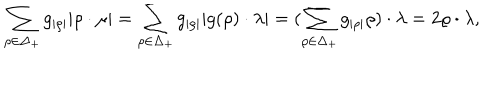
\sum _ { \rho \in \Delta _ { + } } { g _ { | \rho | } } | \rho \cdot \mu | = \sum _ { \rho \in \Delta _ { + } } { g _ { | \rho | } } | g ( \rho ) \cdot \lambda | = ( \sum _ { \rho \in \Delta _ { + } } { g _ { | \rho | } } \rho ) \cdot \lambda = 2 \varrho \cdot \lambda ,